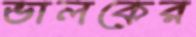
ভালকের